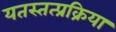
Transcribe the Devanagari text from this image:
यतस्तत्प्रक्रिया